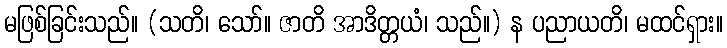
မဖြစ်ခြင်းသည်။ (သတိ၊ သော်။ ဇာတိ အာဒိတ္တယံ၊ သည်။) န ပညာယတိ၊ မထင်ရှား။